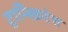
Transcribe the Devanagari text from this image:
ट्रान्स्क्रिप्टेस